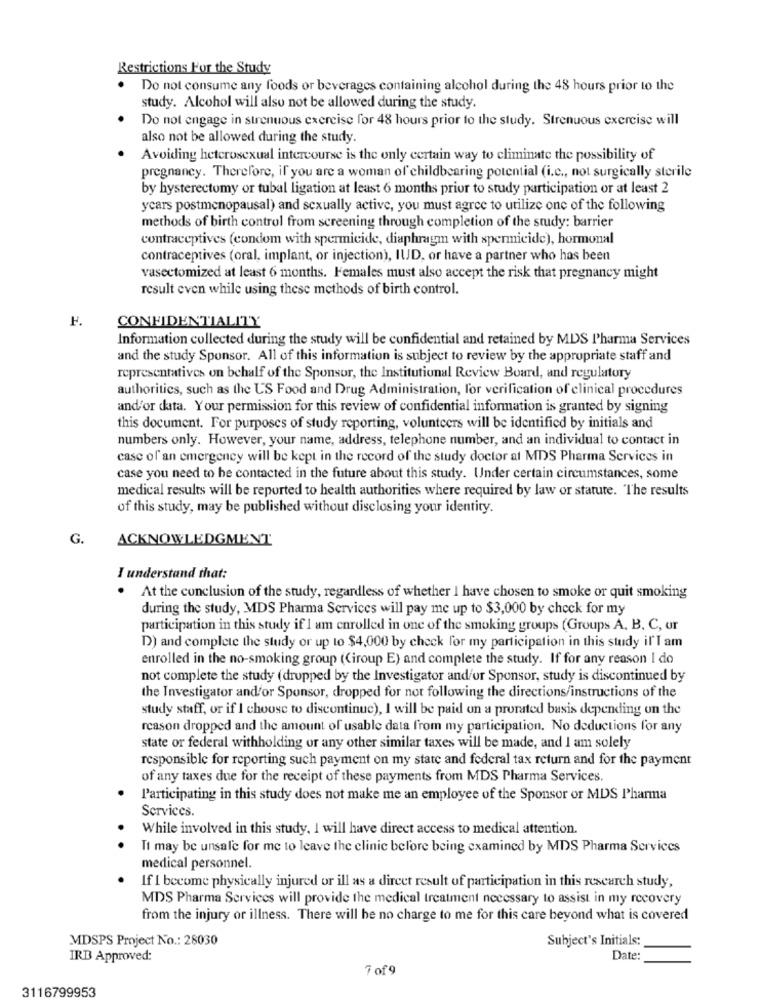
Restrictions For the Study
Do not consume any foods or beverages containing alcohol during the 48 hours prior to the
study. Alcohol will also not be allowed during the study.
Do not engage in strenuous exercise for 48 hours prior to the study. Strenuous exercise will
also not be allowed during the study.
Avoiding heterosexual intercourse is the only certain way to eliminate the possibility of
pregnancy. Therefore, if you are a woman of childbearing potential (i.c ., not surgically sterile
by hysterectomy or tubal ligation at least 6 months prior to study participation or at least 2
ycars postmenopausal) and sexually active, you must agree to utilize one of the following
methods of birth control from screening through completion of the study: barrier
contraceptives (condom with spermicide, diaphragm with spermicide), hormonal
contraceptives (oral, implant, or injection), IUD, or have a partner who has been
vasectomized at least 6 months. Females must also accept the risk that pregnancy might
result even while using these methods of birth control.
F.
CONFIDENTIALITY
Information collected during the study will be confidential and retained by MDS Pharma Services
and the study Sponsor. All of this information is subject to review by the appropriate staff and
representatives on behalf of the Sponsor, the Institutional Review Board, and regulatory
authorities, such as the US Food and Drug Administration, for verification of clinical procedures
and/or data. Your permission for this review of confidential information is granted by signing
this document. For purposes of study reporting, volunteers will be identified by initials and
numbers only. However, your name, address, telephone number, and an individual to contact in
case of an emergency will be kept in the record of the study doctor at MDS Pharma Services in
case you need to be contacted in the future about this study. Under certain circumstances, some
medical results will be reported to health authorities where required by law or statute. The results
of this study, may be published without disclosing your identity.
G.
ACKNOWLEDGMENT
I understand that:
. At the conclusion of the study, regardless of whether I have chosen to smoke or quit smoking
during the study, MDS Pharma Services will pay me up to $3,000 by check for my
participation in this study if I am enrolled in one of the smoking groups (Groups A, B, C, or
D) and complete the study or up to $4,000 by check for my participation in this study il'I am
enrolled in the no-smoking group (Ciroup E) and complete the study. If for any reason I do
not complete the study (dropped by the Investigator and/or Sponsor, study is discontinued by
the Investigator and/or Sponsor, dropped for not following the directions/instructions of the
study staff, or if I choose to discontinue), I will be paid on a prorated basis depending on the
reason dropped and the amount of usable data from my participation. No deductions for any
state or federal withholding or any other similar taxes will be made, and I am solely
responsible for reporting such payment on my state and federal tax return and for the payment
of any taxes due for the receipt of these payments from MDS Pharma Services.
Participating in this study does not make me an employee of the Sponsor or MDS Pharma
Services.
While involved in this study, I will have direct access to medical attention.
. .
It may be unsale for me to leave the clinic before being examined by MDS Pharma Services
medical personnel.
If I become physically injured or ill as a direct result of participation in this research study,
MDS Pharma Services will provide the medical treatment necessary to assist in my recovery
from the injury or illness. There will be no charge to me for this care beyond what is covered
MDSPS Project No .: 28030
Subject's Initials:
IRB Approved:
Date:
Tof9
3116799953